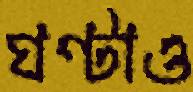
ঘণ্টাও